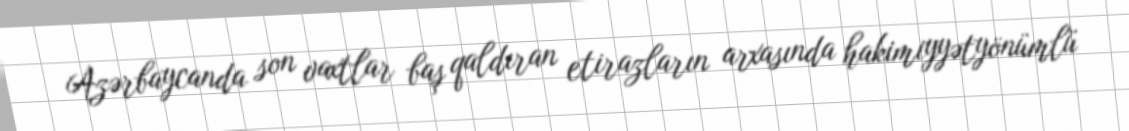
Azərbaycanda son vaxtlar baş qaldıran etirazların arxasında hakimiyyətyönümlü